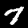
Label: 7